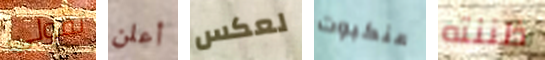
تقولي أعلن لعكس عنكبوت ظننته